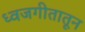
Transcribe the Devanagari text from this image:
ध्वजगीतातून